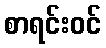
စာရင်းဝင်